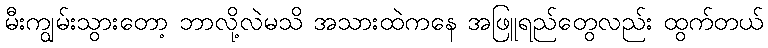
မီးကျွမ်းသွားတော့ ဘာလို့လဲမသိ အသားထဲကနေ အဖြူရည်တွေလည်း ထွက်တယ်